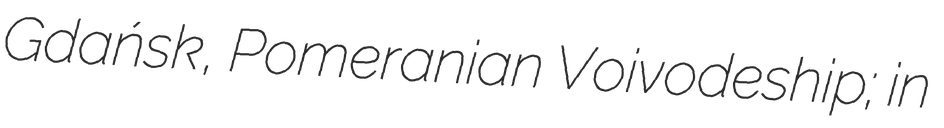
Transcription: Gdańsk, Pomeranian Voivodeship; in